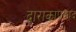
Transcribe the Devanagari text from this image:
द्वाराकाप्रसाद